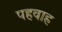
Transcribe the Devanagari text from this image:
पहवाह